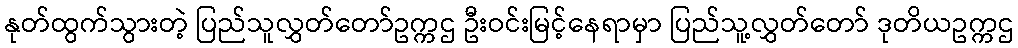
နုတ်ထွက်သွားတဲ့ ပြည်သူလွှတ်တော်ဥက္ကဌ ဦးဝင်းမြင့်နေရာမှာ ပြည်သူ့လွှတ်တော် ဒုတိယဥက္ကဌ